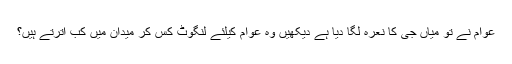
عوام نے تو میاں جی کا نعرہ لگا دیا ہے دیکھیں وہ عوام کیلئے لنگوٹ کَس کر میدان میں کب اترتے ہیں؟